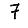
Digit: 7